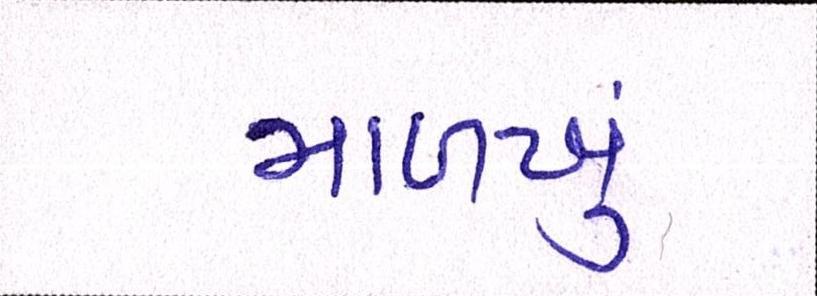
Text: માળખું